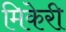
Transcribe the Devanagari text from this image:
मिकेरी